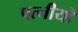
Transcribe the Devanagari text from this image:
पत्नीयो